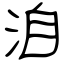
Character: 洎